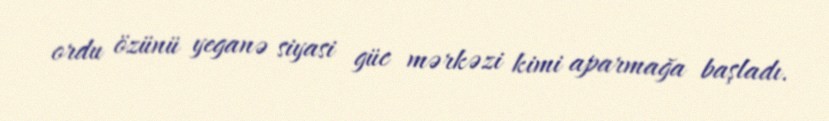
ordu özünü yeganə siyasi güc mərkəzi kimi aparmağa başladı.